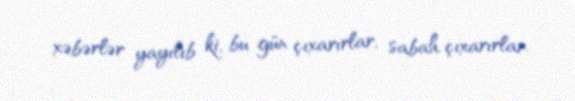
xəbərlər yayılıb ki, bu gün çıxarırlar, sabah çıxarırlar.